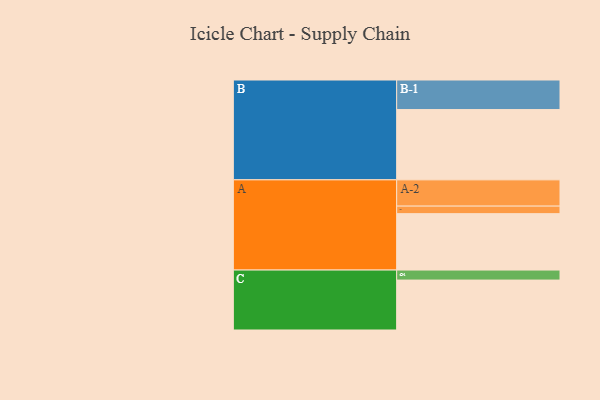
{"axis": {"x": "Segment", "y": "Value"}, "legend": ["", "A", "B", "C"], "data": [{"x": "A", "y": 479, "type": ""}, {"x": "B", "y": 597, "type": ""}, {"x": "C", "y": 424, "type": ""}, {"x": "A-1", "y": 64, "type": "A"}, {"x": "A-2", "y": 223, "type": "A"}, {"x": "B-1", "y": 251, "type": "B"}, {"x": "C-1", "y": 85, "type": "C"}]}